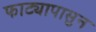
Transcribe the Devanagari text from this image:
फाट्यापासुन